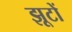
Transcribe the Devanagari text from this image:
झूटों